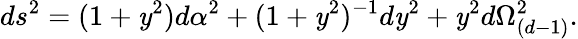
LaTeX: ds^{2}=(1+\mathit{y}^{2})d\alpha^{2}+(1+\mathit{y}^{2})^{-1}d\mathit{y}^{2}+\mathit{y}^{2}d\Omega_{(d-1)}^{2}.